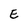
Character: E